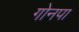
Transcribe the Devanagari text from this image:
गोनपा